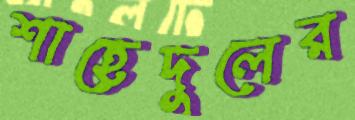
শাহেদুলের